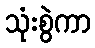
သုံးစွဲကာ